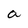
Character: a